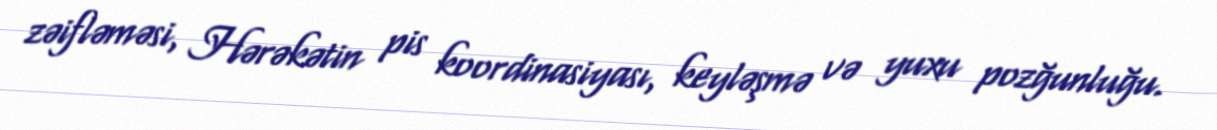
zəifləməsi, Hərəkətin pis koordinasiyası, keyləşmə və yuxu pozğunluğu.